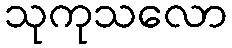
သုကုသလော